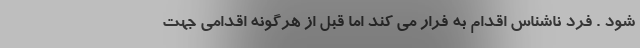
شود . فرد ناشناس اقدام به فرار می کند اما قبل از هرگونه اقدامی جهت